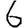
Digit: 6